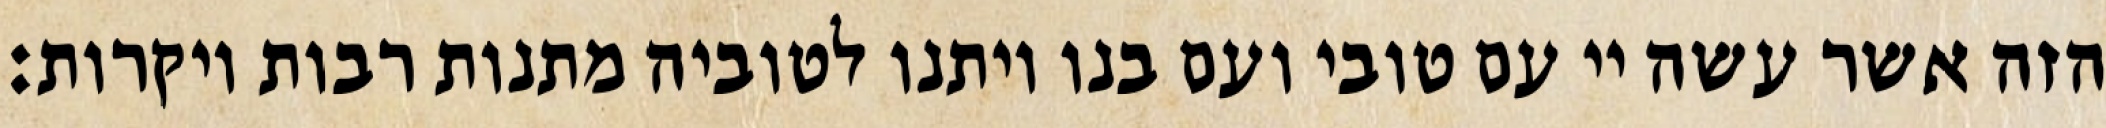
הזה אשר עשה יי עם טובי ועם בנו ויתנו לטוביה מתנות רבות ויקרות: